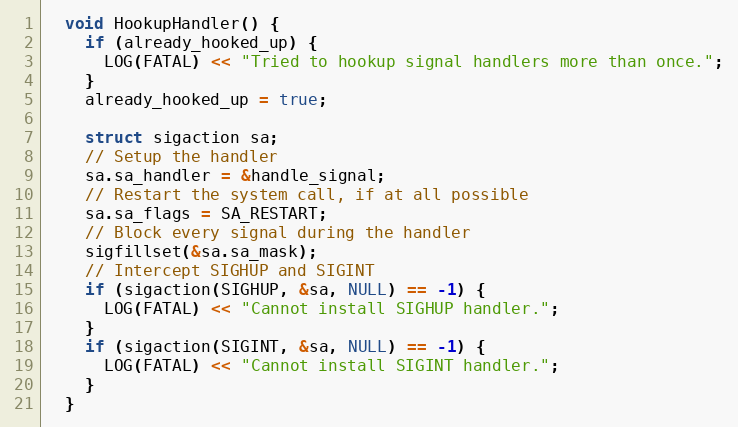
Language: C++
  void HookupHandler() {
    if (already_hooked_up) {
      LOG(FATAL) << "Tried to hookup signal handlers more than once.";
    }
    already_hooked_up = true;

    struct sigaction sa;
    // Setup the handler
    sa.sa_handler = &handle_signal;
    // Restart the system call, if at all possible
    sa.sa_flags = SA_RESTART;
    // Block every signal during the handler
    sigfillset(&sa.sa_mask);
    // Intercept SIGHUP and SIGINT
    if (sigaction(SIGHUP, &sa, NULL) == -1) {
      LOG(FATAL) << "Cannot install SIGHUP handler.";
    }
    if (sigaction(SIGINT, &sa, NULL) == -1) {
      LOG(FATAL) << "Cannot install SIGINT handler.";
    }
  }